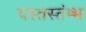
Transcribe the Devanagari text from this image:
यस्तस्तंम्भ